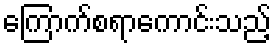
ကြောက်စရာကောင်းသည့်